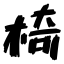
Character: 椅